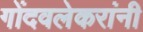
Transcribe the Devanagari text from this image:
गोंदवलेकरांनी